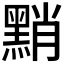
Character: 𪑊